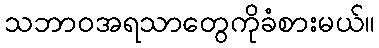
သဘာဝအရသာတွေကိုခံစားမယ်။